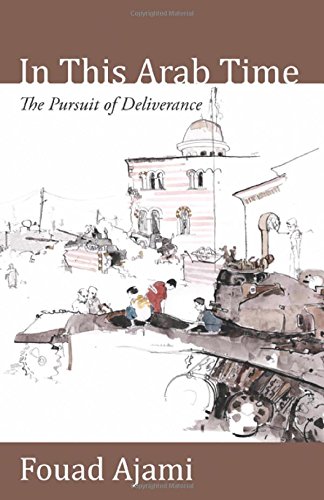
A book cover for In This Arab Time: The Pursuit of Deliverance; Fouad Ajami; Gay & Lesbian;